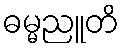
ဓမ္မညူတိ